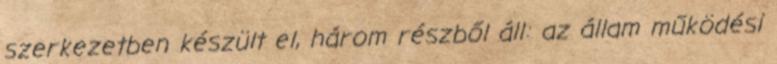
szerkezetben készült el, három részből áll: az állam működési